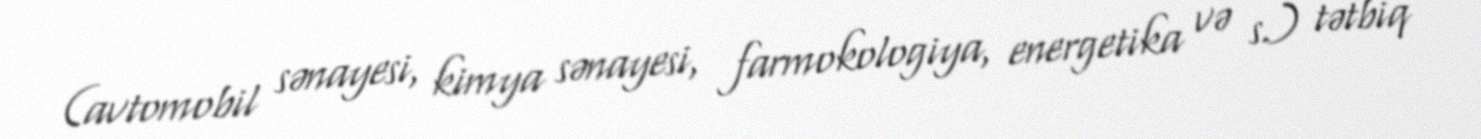
(avtomobil sənayesi, kimya sənayesi, farmokologiya, energetika və s.) tətbiq